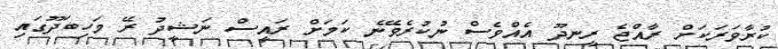
ކުރާވަރަކަށް ރާއްޖެ ރީނދޫ އެއްވެސް ނުކުރެވޭނެ ކަމަށް ރައީސް ނަޝީދު ރޭ މަހިބަދޫގައި